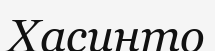
Хасинто